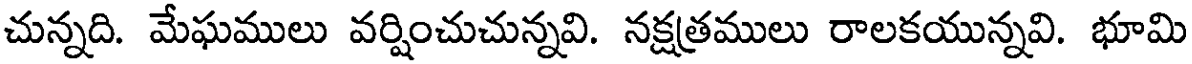
చున్నది. మేఘములు వర్షించుచున్నవి. నక్షత్రములు రాలకయున్నవి. భూమి